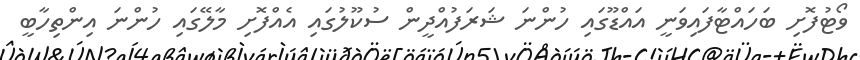
ވޯޓުފޮށި ބަހައްޓާފައިވަނީ އައްޑޫގައި ހުންނަ ޝަރަފުއްދީން ސުކޫލުގައި އެއްފޮށި މާލޭގައި ހުންނަ އިންތިހާބީ